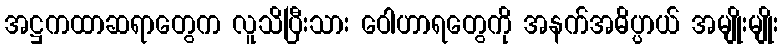
အဋ္ဌကထာဆရာတွေက လူသိပြီးသား ဝေါဟာရတွေကို အနက်အဓိပ္ပာယ် အမျိုးမျိုး